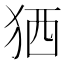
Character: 𤞏